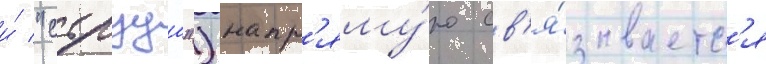
и́ "судзуа") напр'яму́ю св'я́зываетс'я